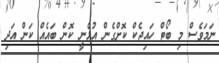
ނަމަވެސް މި ބޯޓް ހައިޖެކް ކޮށްގެން އުޅެނީ ކޮން ބައެއް ކަން އަދި